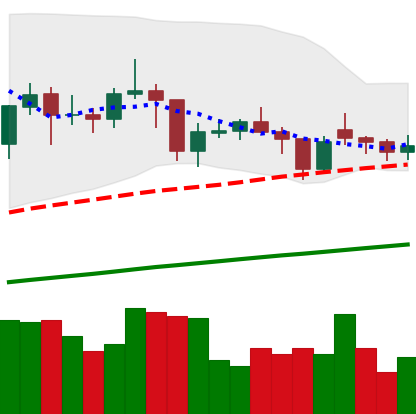
Ticker: LTC-USD
Chart end date: 2021-02-01
Forward return: 18.009%
Label: up_7plus